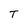
Character: T